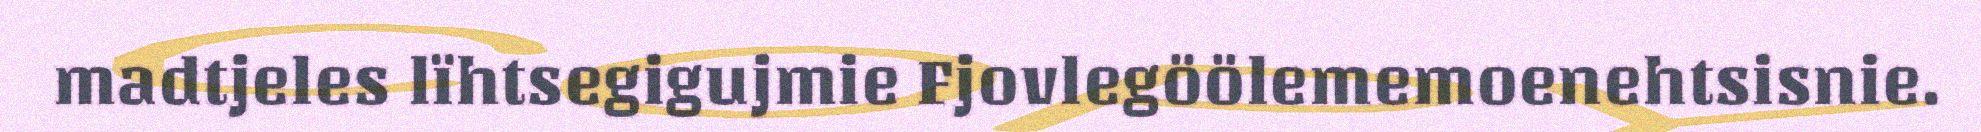
madtjeles lïhtsegigujmie Fjovlegöölememoenehtsisnie.